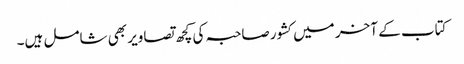
کتاب کے آخر میں کشور صاحبہ کی کچھ تصاویر بھی شامل ہیں۔